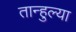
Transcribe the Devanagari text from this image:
तान्हुल्या